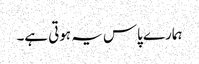
ہمارے پاس یہ ہوتی ہے۔